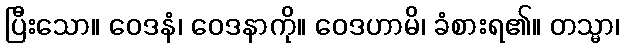
ပြီးသော။ ဝေဒနံ၊ ဝေဒနာကို။ ဝေဒဟာမိ၊ ခံစားရ၏။ တသ္မာ၊